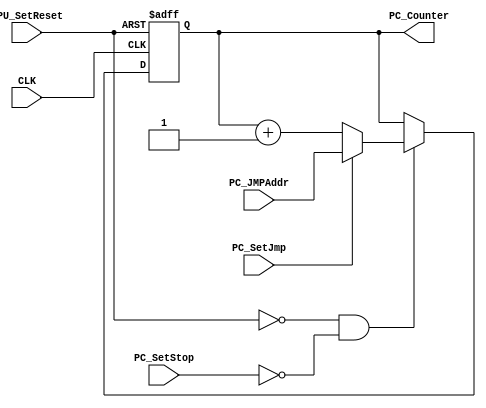
module PC_COUNTER
#
(
	parameter CounterBits = 6
)
(
	//BASIC:
	input wire 		 											CLK,
	
	//JUMP:
	//Addr:
	input wire	[(CounterBits - 1):0] 	PC_JMPAddr,
	//Driver inputs:
	input wire 		 											CPU_SetReset,
	input wire 		 											PC_SetJmp,
	input wire 		 											PC_SetStop,
	
	//OUTPUT ADDRESS:
	output reg	[(CounterBits - 1):0] 	PC_Counter
);

wire [(CounterBits - 1):0] 	JMP_Addr;
wire [(CounterBits - 1):0] 	PC_Addr;
wire 												pcCounterEN;

assign pcCounterEN 	= !CPU_SetReset && !PC_SetStop;
assign JMP_Addr 		= (PC_SetJmp)    ? PC_JMPAddr : (PC_Counter + 1'b1);
assign PC_Addr  		= (pcCounterEN)  ? JMP_Addr   :  PC_Counter;
				
//LOGIC:
always @(posedge CLK or posedge CPU_SetReset)
begin 
	if(CPU_SetReset)
		PC_Counter <= 0;
	else
		PC_Counter <= PC_Addr;
end

//TESTBENCH INIT:
initial begin
	PC_Counter = 0;
end

endmodule